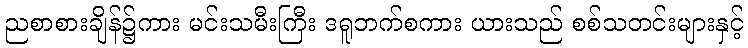
ညစာစားချိန်၌ကား မင်းသမီးကြီး ဒရူဘက်စကား ယားသည် စစ်သတင်းများနှင့်